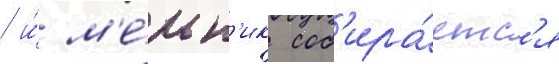
/ и́ м'е́льн'ик соб'ира́етс'я